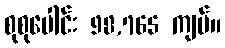
စုစုပေါင်း 98,765 ကျပ်။